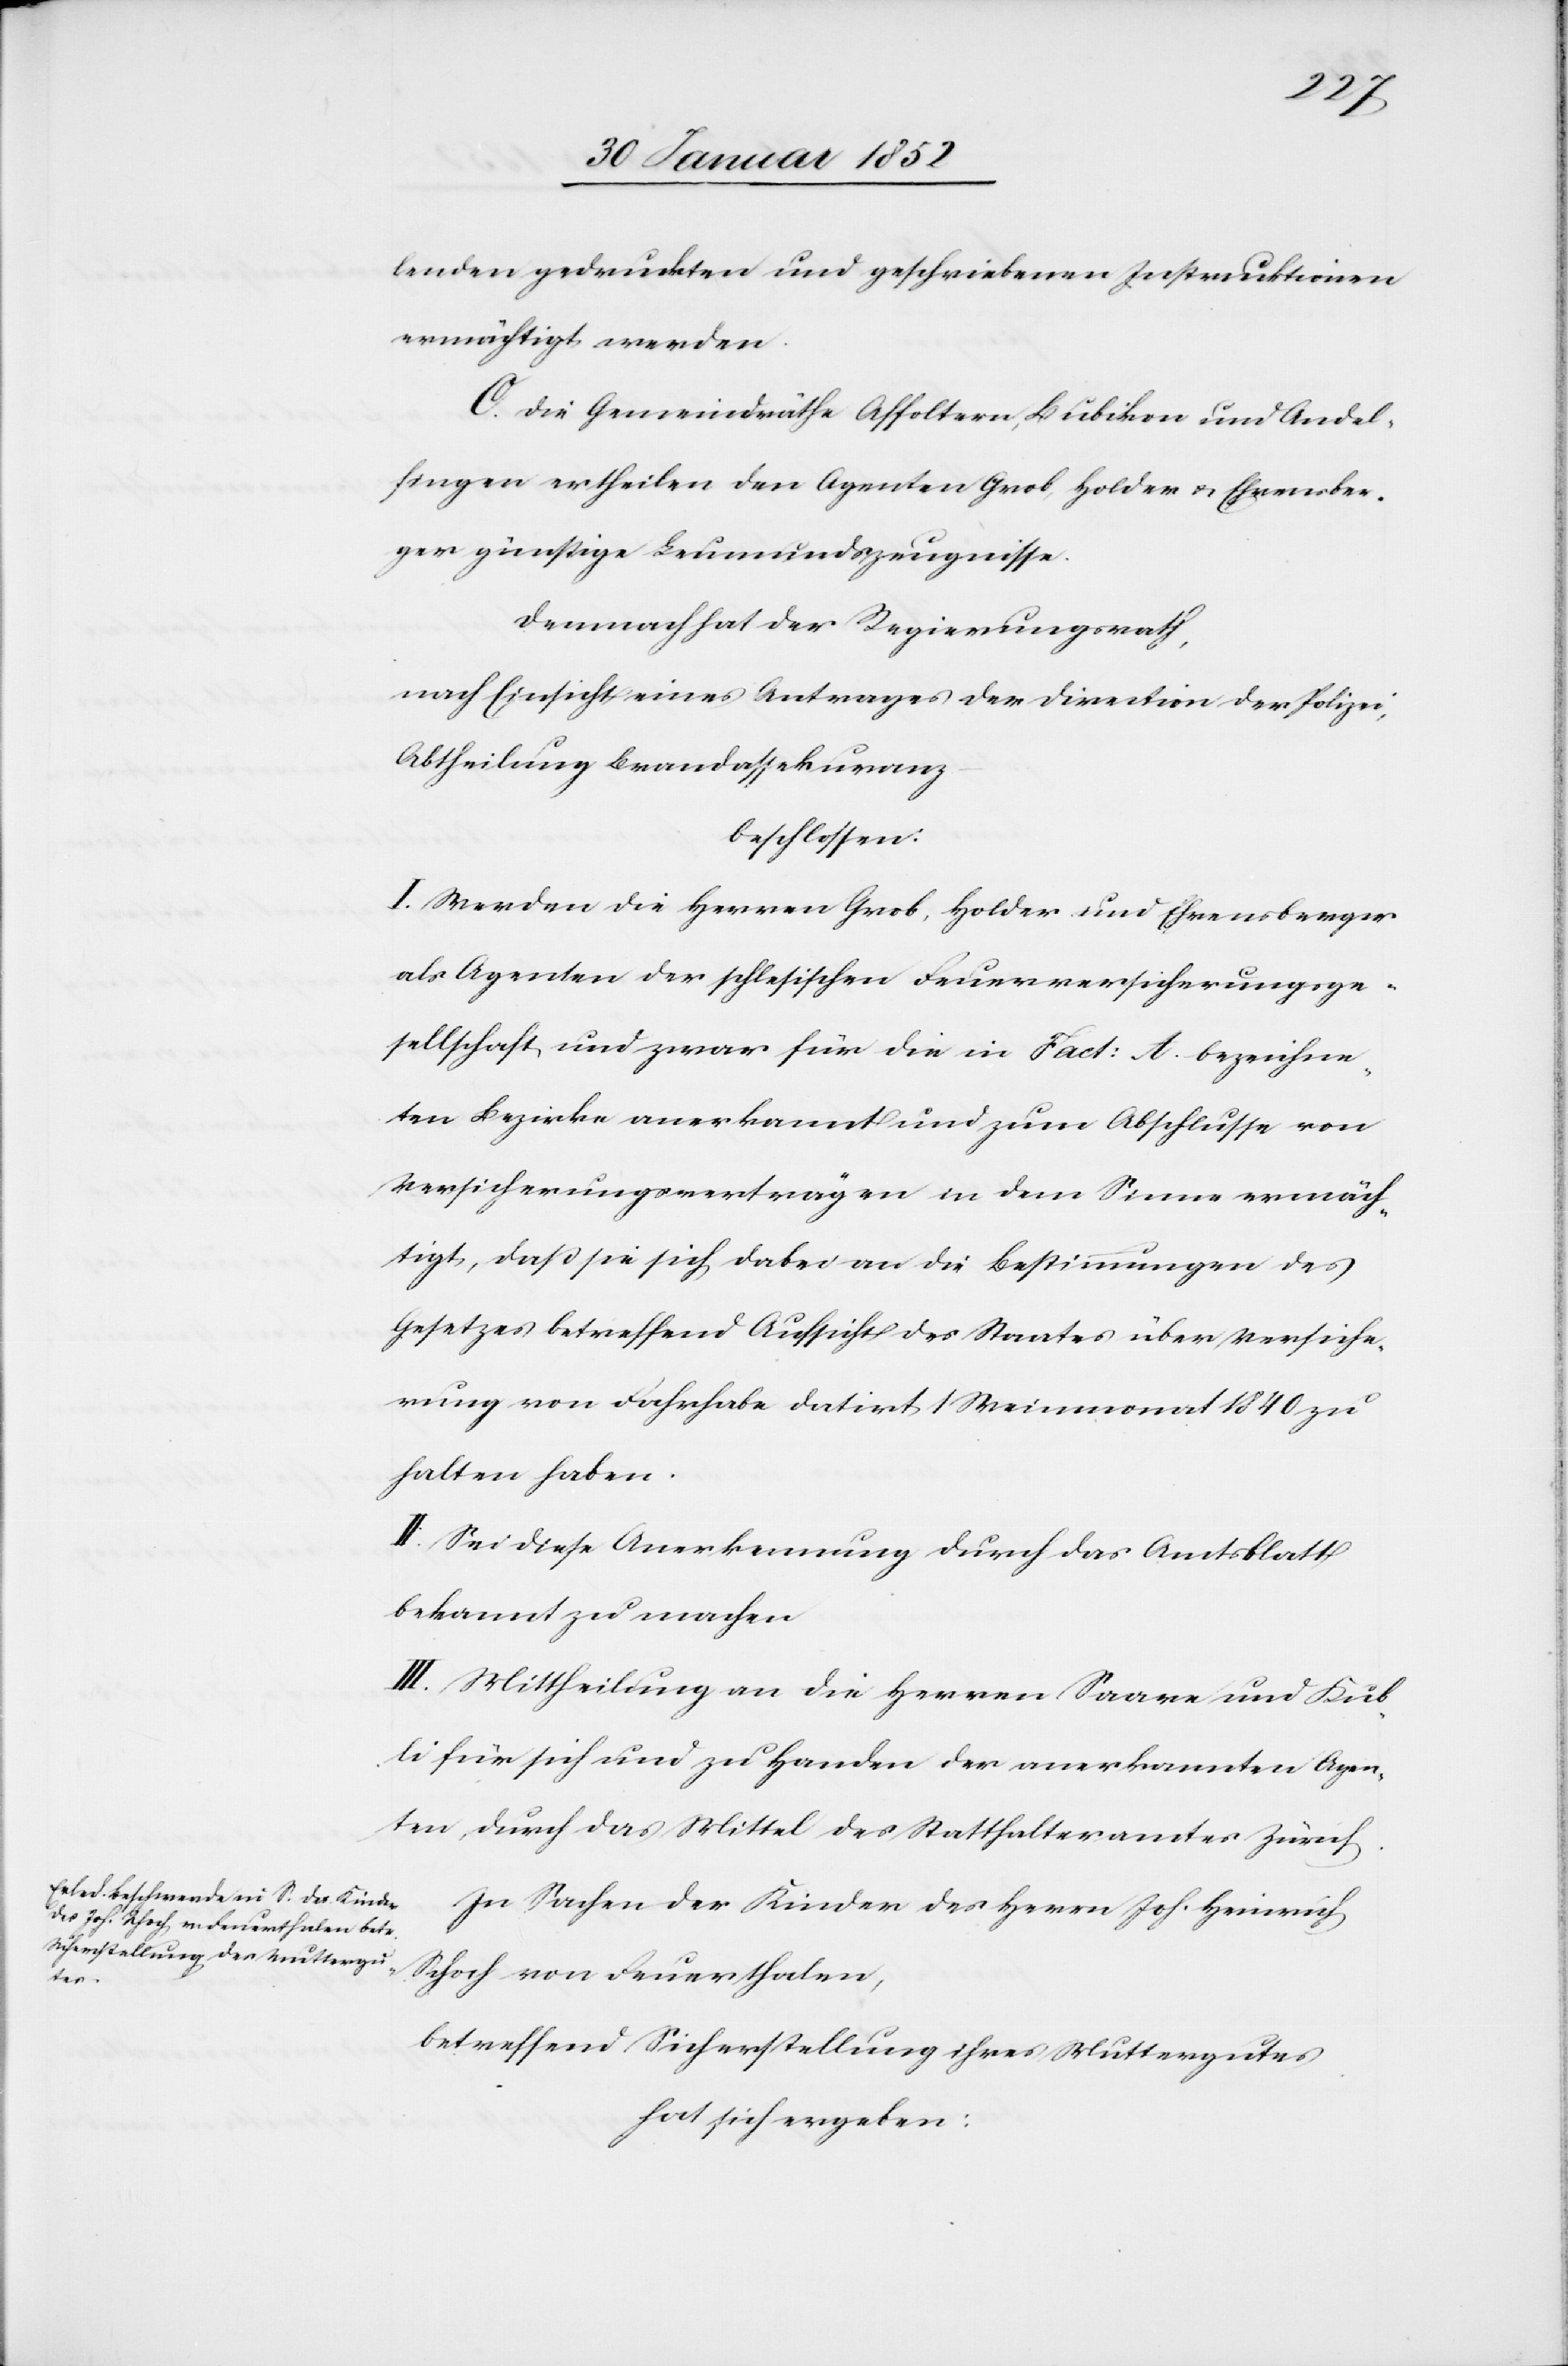
lenden gedrukten und geschriebenen Instruktionen
ermächtigt werden.
C. Die Gemeindräthe Affoltern, Bubikon und Andel¬
fingen ertheilen den Agenten Grob, Holder u. Ehrensber¬
ger günstige Leumundszeugnisse.
Demnach hat der Regierungsrath,
nach Einsicht eines Vertrages der Direktion der Polizei,
Abtheilung Brandassekuranz
beschlossen:
I. Werden die Herren Grob, Holder und Ehrensberger
als Agenten der schlesischen Feuerversicherungsge¬
sellschaft, und zwar für die in Fact: A. bezeichne¬
ten Bezirke anerkannt und zum Abschlusse von
Versicherungsverträgen in dem Sinne ermäch¬
tigt, daß sie sich dabei an die Bestimmungen des
Gesetzes betreffend Aufsicht des Staates über Versiche¬
rung von Fahrhabe datirt Weinmonat 1840 zu
halten haben.
II. Sei diese Anerkennung durch das Amtsblatt
bekannt zu machen.
III. Mittheilung an die Herren Saare und Kub¬
li für sich und zu Handen der anerkannten Agen¬
ten, durch das Mittel des Statthalteramtes Zürich.
In Sachen der Kinder des Herrn Joh. Heinrich
Schoch von Feuerthalen,
betreffend Sicherstellung ihres Muttergutes
hat sich ergeben: